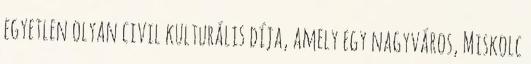
egyetlen olyan civil kulturális díja, amely egy nagyváros, Miskolc